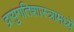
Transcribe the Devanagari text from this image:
द्रायुगतिशास्त्रामध्ये